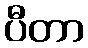
ပီတာ